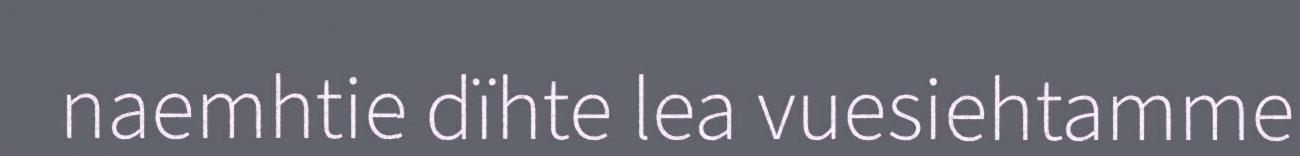
naemhtie dïhte lea vuesiehtamme